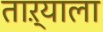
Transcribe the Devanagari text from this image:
ताऱ्‍याला